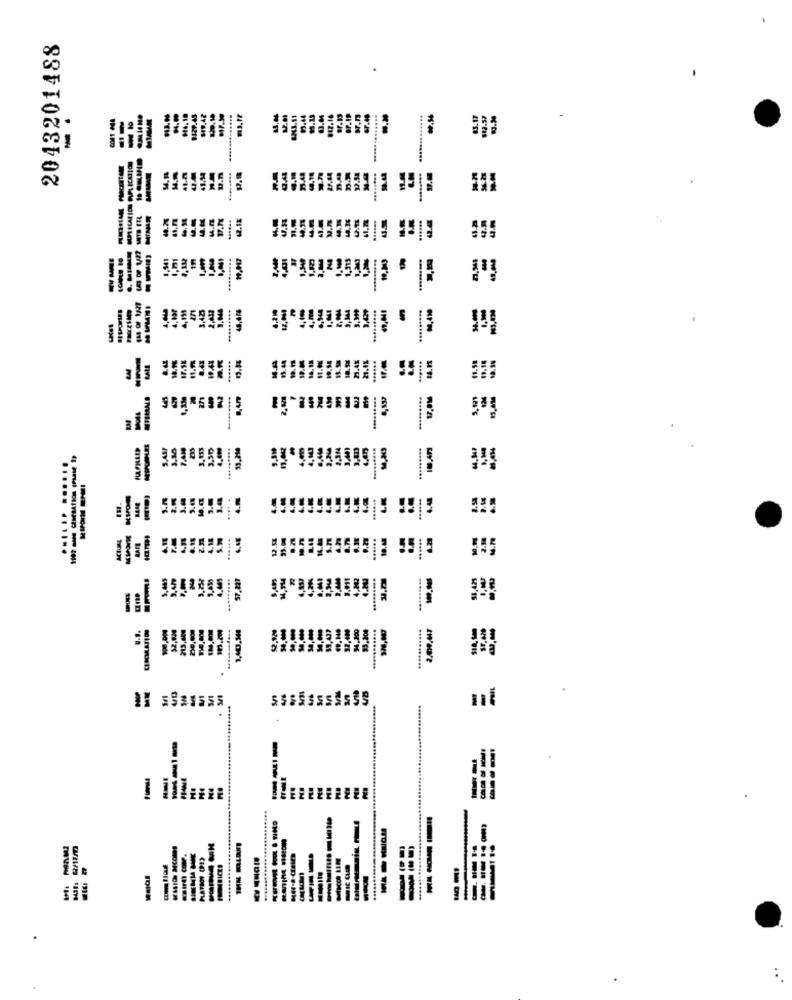
2043201488
.
H.
#429.45
1.44
9.13
GP.IP
87.40
...... ........
₩.56
83.17
49.9
U.n
33.44
4.14
32.54
ARA
MINIR
0.11
1,01
1,50
1.315
4,431
4, 133
........
6,948
9,544
EE
12.54
19.94
18.54
21.45
21.42
......
271
17,0M
NIPPLES
7.41
4,043
14,243
E
3.44
4.9
La
.....
4.44
BARE
4
......
B.7
0.21
4.445
57.227
$2,920
213,464
1,40,344
=
4
---
----
..........